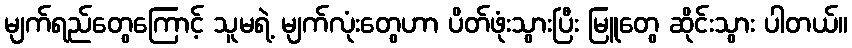
မျက်ရည်တွေကြောင့် သူမရဲ့ မျက်လုံးတွေဟာ ပိတ်ဖုံးသွားပြီး မြူတွေ ဆိုင်းသွား ပါတယ်။